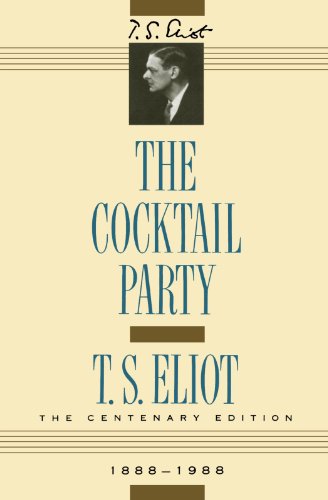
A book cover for The Cocktail Party; T. S. Eliot; Literature & Fiction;